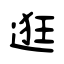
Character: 逛